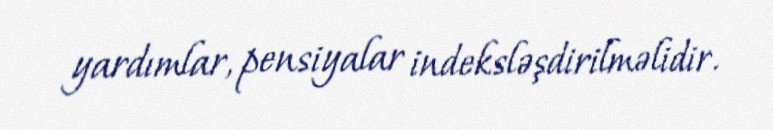
yardımlar, pensiyalar indeksləşdirilməlidir.